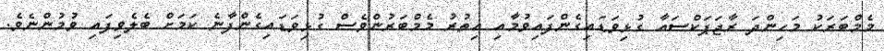
މެމްބަރަކު މަހިންދަ ރާޖަޕަކްސައާ ގުޅިވަޑައިގެންފައިވުމާއި އިތުރު މެމްބަރުންވެސް ގުޅިވަޑައިގެންފާނެ ކަމަށް ބެލެވިފައި ވުމުންނެވެ.